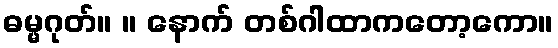
ဓမ္မဂုတ်။ ။ နောက် တစ်ဂါထာကတော့ကော။